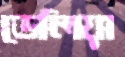
ডেলিয়া